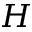
H